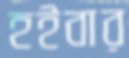
হইবার